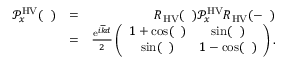
\begin{array} { r l r } { \mathcal { P } _ { x } ^ { \mathrm { H V } } ( { \it \Delta \phi } ) } & { = } & { R _ { \mathrm { H V } } ( { \it \Delta \Psi } ) \mathcal { P } _ { x } ^ { \mathrm { H V } } R _ { \mathrm { H V } } ( - { \it \Delta \Psi } ) } \\ & { = } & { \frac { \mathrm { e } ^ { i \overline { { k } } d } } { 2 } \left( \begin{array} { c c } { 1 + \cos ( { \it \Delta \phi } ) } & { \sin ( { \it \Delta \phi } ) } \\ { \sin ( { \it \Delta \phi } ) } & { 1 - \cos ( { \it \Delta \phi } ) } \end{array} \right) . } \end{array}